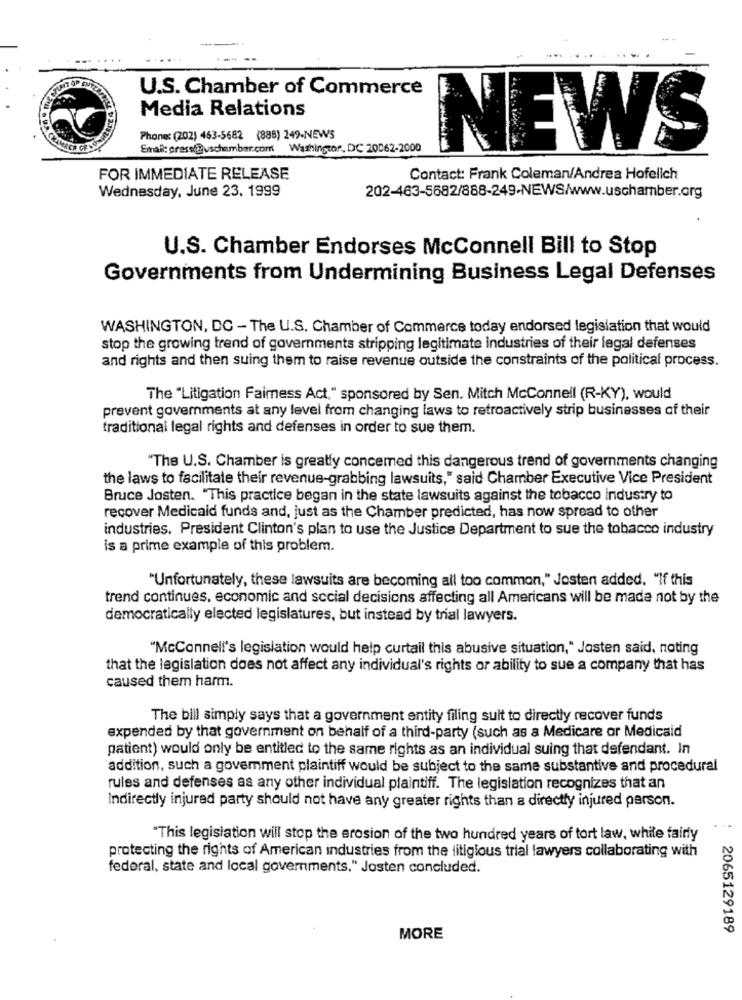
U.S. Chamber of Commerce
Media Relations
Phone: (202) 463-5682 (888) 249-NEWS
Email: grass@uschamber.com
Washington, DC 20062-2000
NEWS
FOR IMMEDIATE RELEASE
Contact: Frank Coleman/Andrea Hofellch
Wednesday, June 23, 1999
202-463-5682/888-249-NEWS/www.uschamber.org
U.S. Chamber Endorses McConnell Bill to Stop
Governments from Undermining Business Legal Defenses
WASHINGTON, DC - The U.S. Chamber of Commerce today endorsed legislation that would
stop the growing trend of governments stripping legitimate industries of their legal defenses
and rights and then suing them to raise revenue outside the constraints of the political process.
The "Litigation Faimess Act," sponsored by Sen. Mitch Mcconnell (R-KY), would
prevent governments at any level from changing laws to retroactively strip businesses of their
traditional legal rights and defenses in order to sue them.
"The U.S. Chamber is greatly concerned this dangerous trend of governments changing
the laws to facilitate their revenue-grabbing lawsuits," said Chamber Executive Vice President
Bruce Josten. "This practice began in the state lawsuits against the tobacco Industry to
recover Medicaid funds and, just as the Chamber predicted, has now spread to other
industries. President Clinton's plan to use the Justice Department to sue the tobacco industry
is a prime example of this problem.
"Unfortunately, these lawsuits are becoming all too common," Josten added. "If this
trend continues, economic and social decisions affecting all Americans will be made not by the
democratically elected legislatures, but instead by trial lawyers.
"McConnell's legislation would help curtail this abusive situation," Josten said, noting
that the legislation does not affect any individual's rights or ability to sue a company that has
caused them harm.
The bill simply says that a government entity filing suit to directly recover funds
expended by that government on behalf of a third-party (such as a Medicare or Medicaid
patient) would only be entitled to the same rights as an individual suing that defendant. In
addition, such a goverment plaintiff would be subject to the same substantive and procedural
rules and defenses as any other individual plaintiff. The legislation recognizes that an
Indirectly injured party should not have any greater rights than a directly injured person.
"This legislation will stop the erosion of the two hundred years of tort law, while fairly
protecting the rights of American industries from the litigious trial lawyers collaborating with
federal, state and local governments." Josten concluded.
2065129189
MORE